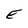
Character: E